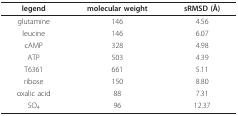
<table><thead><tr><td><b>legend</b></td><td><b>molecular weight</b></td><td><b>sRMSD (Å)</b></td></tr></thead><tbody><tr><td>glutamine</td><td>146</td><td>4.56</td></tr><tr><td>leucine</td><td>146</td><td>6.07</td></tr><tr><td>cAMP</td><td>328</td><td>4.98</td></tr><tr><td>ATP</td><td>503</td><td>4.39</td></tr><tr><td>T6361</td><td>661</td><td>5.11</td></tr><tr><td>ribose</td><td>150</td><td>8.80</td></tr><tr><td>oxalic acid</td><td>88</td><td>7.31</td></tr><tr><td>SO<sub>4</sub></td><td>96</td><td>12.37</td></tr></tbody></table>